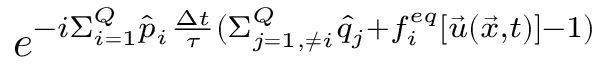
e ^ { - i \Sigma _ { i = 1 } ^ { Q } \hat { p } _ { i } \frac { \Delta t } { \tau } ( \Sigma _ { j = 1 , \neq i } ^ { Q } \hat { q } _ { j } + f _ { i } ^ { e q } [ \vec { u } ( \vec { x } , t ) ] - 1 ) }